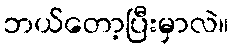
ဘယ်တော့ပြီးမှာလဲ။